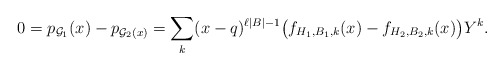
\begin{align*}0=p_{\mathcal{G}_1}(x)-p_{\mathcal{G}_2(x)}=\sum_{k}(x-q)^{\ell|B|-1}\big(f_{H_1,B_1,k}(x)-f_{H_2,B_2,k}(x)\big)Y^k.\end{align*}